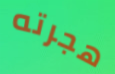
هجرته